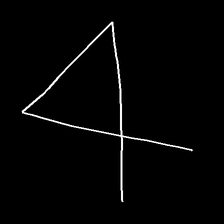
Glyph: collection